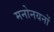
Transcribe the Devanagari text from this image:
मनोनयनों